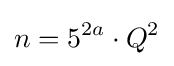
n=5^{2a}\cdot Q^{2}